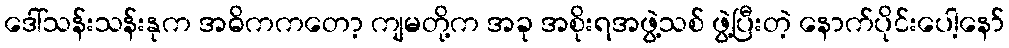
ဒေါ်သန်းသန်းနုက အဓိကကတော့ ကျမတို့က အခု အစိုးရအဖွဲ့သစ် ဖွဲ့ပြီးတဲ့ နောက်ပိုင်းပေါ့နော်